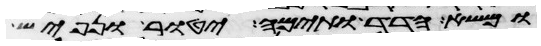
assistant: ומשא הדד ותימה יטור נפיש